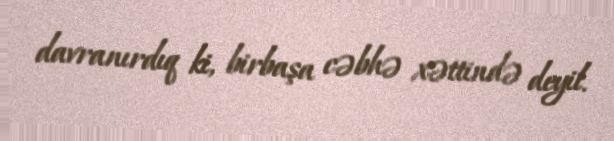
davranırdıq ki, birbaşa cəbhə xəttində deyil.